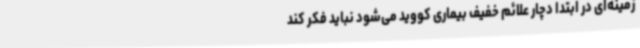
زمینه‌ای در ابتدا دچار علائم خفیف بیماری کووید می‌شود نباید فکر کند